Civil Veterinary Dept. North-West Frontier Province 1901-22 - 1901-1922
Year: 1901
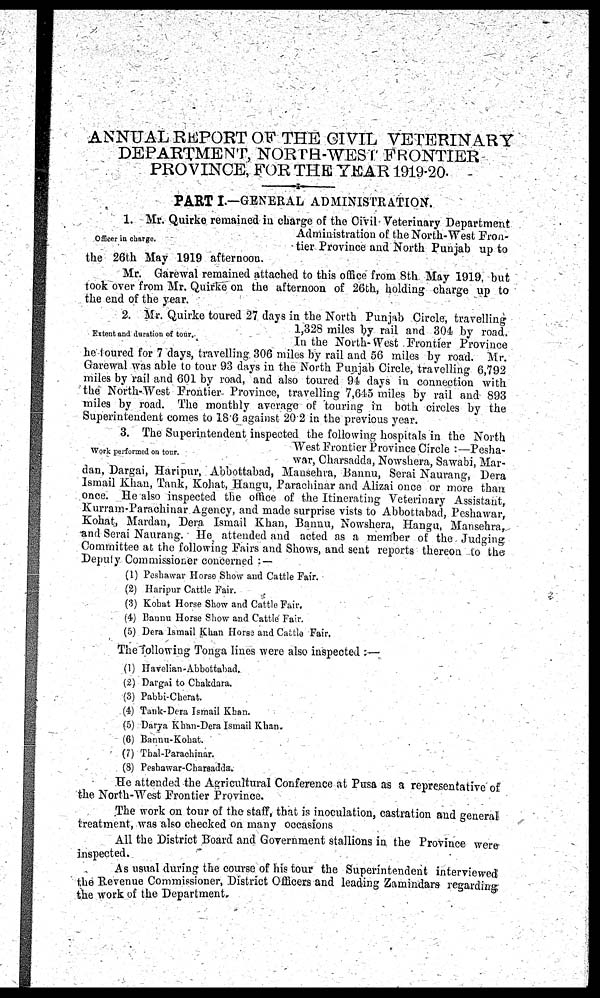
ANNUAL REPORT OF THE CIVIL VETERINARY
DEPARTMENT, NORTH-WEST FRONTIER
PROVINCE, FOR THE YEAR 1919-20.
PART I.—GENERAL ADMINISTRATION.
Officer in charge.
1. Mr. Quirke remained in charge of the Civil Veterinary Department
Administration of the North-West Fron-
tier Province and North Punjab up to
the 26th May 1919 afternoon.
Mr. Garewal remained attached to this office from 8th May 1919, but
took over from Mr. Quirke on the afternoon of 26th, holding charge up to
the end of the year.
Extent and duration of tour.
2. Mr. Quirke toured 27 days in the North Punjab Circle, travelling
1,328 miles by rail and 304 by road.
In the North-West Frontier Province
he toured for 7 days, travelling 306 miles by rail and 56 miles by road. Mr.
Garewal was able to tour 93 days in the North Punjab Circle, travelling 6,792
miles by rail and 601 by road, and also toured 94 days in connection with
the North-West Frontier Province, travelling 7,645 miles by rail and 893
miles by road. The monthly average of touring in both circles by the
Superintendent comes to 18.6 against 20.2 in the previous year.
Work performed on tour.
3. The Superintendent inspected the following hospitals in the North
West Frontier Province Circle:—Pesha-
war, Charsadda, Nowshera, Sawabi, Mar-
dan, Dargai, Haripur, Abbottabad, Mansehra, Bannu, Serai Naurang, Dera
Ismail Khan, Tank, Kohat, Hangu, Parachinar and Alizai once or more than
once. He also inspected the office of the Itinerating Veterinary Assistant,
Kurram-Parachinar Agency, and made surprise vists to Abbottabad, Peshawar,
Kohat, Mardan, Dera Ismail Khan, Bannu, Nowshera, Hangu, Mansehra,
and Serai Naurang. He attended and acted as a member of the Judging
Committee at the following Fairs and Shows, and sent reports thereon to the
Deputy Commissioner concerned:—
(1) Peshawar Horse Show and Cattle Fair.
(2) Haripur Cattle Fair.
(3) Kohat Horse Show and Cattle Fair.
(4) Bannu Horse Show and Cattle Fair.
(5) Dera Ismail Khan Horse and Cattle Fair.
The following Tonga lines were also inspected:—
(1) Havelian-Abbottabad.
(2) Dargai to Chakdara.
(3) Pabbi-Cherat.
(4) Tank-Dera Ismail Khan.
(5) Darya Khan-Dera Ismail Khan.
(6) Bannu-Kohat.
(7) Thal-Parachinar.
(8) Peshawar-Charsadda.
He attended the Agricultural Conference at Pusa as a representative of
the North-West Frontier Province.
The work on tour of the staff, that is inoculation, castration and general
treatment, was also checked on many occasions
All the District Board and Government stallions in the Province were
inspected.
As usual during the course of his tour the Superintendent interviewed
the Revenue Commissioner, District Officers and leading Zamindars regarding
the work of the Department.